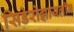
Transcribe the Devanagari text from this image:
सिडेरोझायलॉन